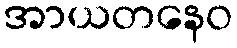
အာယတနေဝ